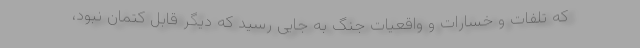
که تلفات و خسارات و واقعیات جنگ به جایی رسید که دیگر قابل کتمان نبود،